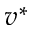
v ^ { * }